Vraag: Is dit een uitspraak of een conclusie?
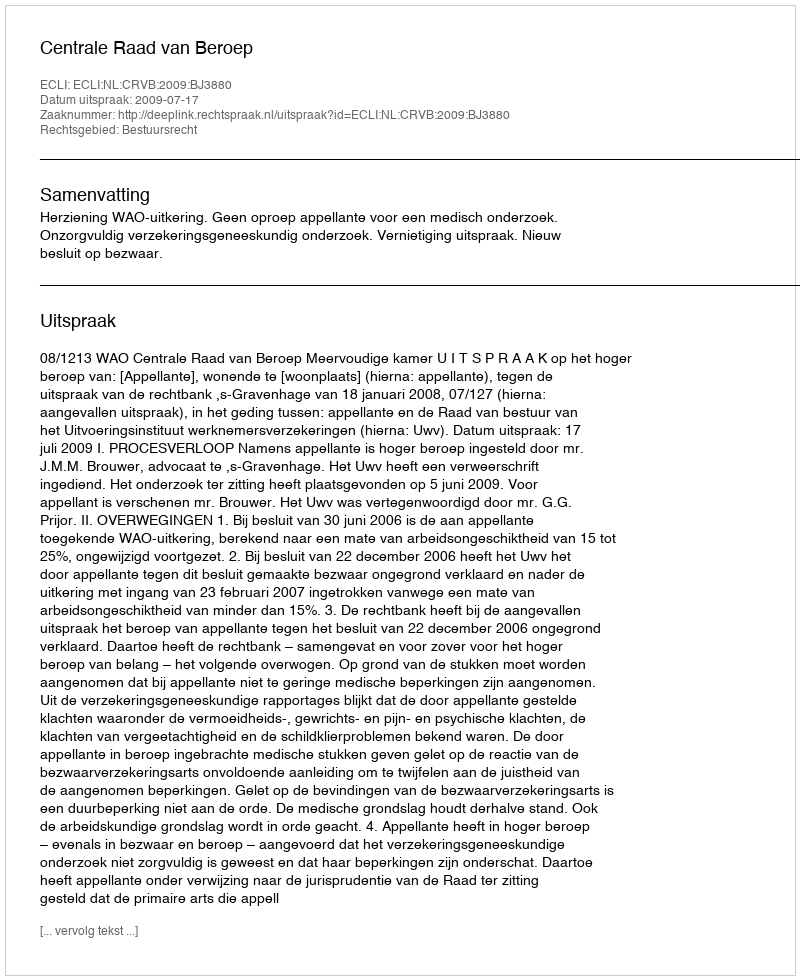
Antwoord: Uitspraak